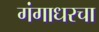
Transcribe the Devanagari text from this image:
गंगाधरचा